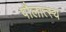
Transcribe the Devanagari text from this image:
पौलात्स्य